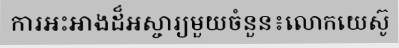
ការអះអាងដ៏អស្ចារ្យមួយចំនួន៖លោកយេស៊ូ